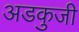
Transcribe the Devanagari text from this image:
अडकुजी